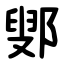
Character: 鄋